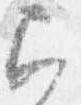
召